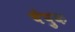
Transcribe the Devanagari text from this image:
चेपुक